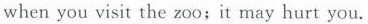
when you visit the zoo;it may hurt you.